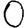
Digit: 0